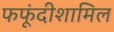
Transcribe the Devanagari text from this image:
फफूंदीशामिल